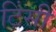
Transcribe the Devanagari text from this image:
टिंसी